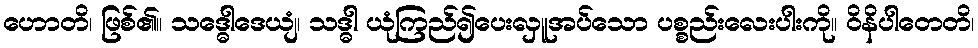
ဟောတိ၊ ဖြစ်၏။ သဒ္ဓေါဒေယျံ၊ သဒ္ဓါ ယုံကြည်၍ပေးလှူအပ်သော ပစ္စည်းလေးပါးကို။ ဝိနိပါတေတိ၊